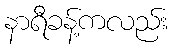
နာရီခန့်ကလည်း